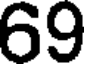
69